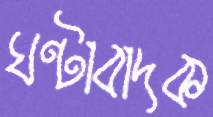
ঘণ্টাবাদক